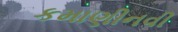
કમાણીનવી